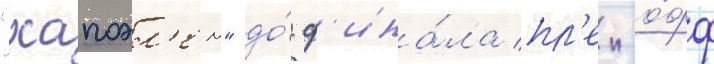
"хапоэл'ем" до́ ф'ина́ла пл'еи-о́фф